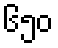
၆၅၀